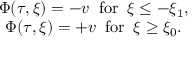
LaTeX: \begin{array} { c } { { \Phi ( \tau , \xi ) = - v \; \; \mathrm { f o r } \; \; \xi \leq - \xi _ { 1 } , } } \\ { { \Phi ( \tau , \xi ) = + v \; \; \mathrm { f o r } \; \; \xi \geq \xi _ { 0 } . } } \end{array}